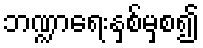
ဘဏ္ဍာရေးနှစ်မှစ၍